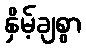
နှိမ့်ချစွာ